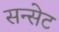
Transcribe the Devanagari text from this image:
सन्सेट